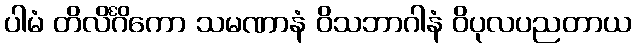
ပါမံ တိလိင်္ဂိကော သမဏာနံ ဝိသဘာဂါနံ ဝိပုလပညတာယ